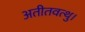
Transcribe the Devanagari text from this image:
अतीतवत्थु।